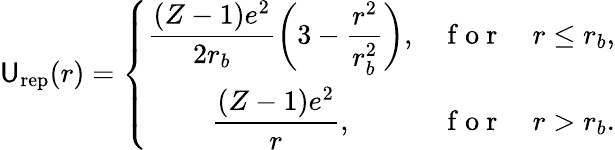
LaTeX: \mathsf{U}_{\mathrm{{rep}}}(r)=\left\{ \begin{array}{ccc}{\displaystyle\frac{(Z-1)e^{2}}{2r_{b}}\bigg(3-\frac{r^{2}}{r_{b}^{2}}\bigg),}&{\mathrm{~f~o~r~}}&{r\leq r_{b},}\\ {\displaystyle\frac{(Z-1)e^{2}}{r},}&{\mathrm{~f~o~r~}}&{r>r_{b}.}\end{array}\right.